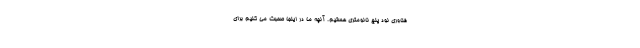
فناوری نود پنج نانومتری هستیم. آنچه ما در اینجا صحبت می کنیم برای